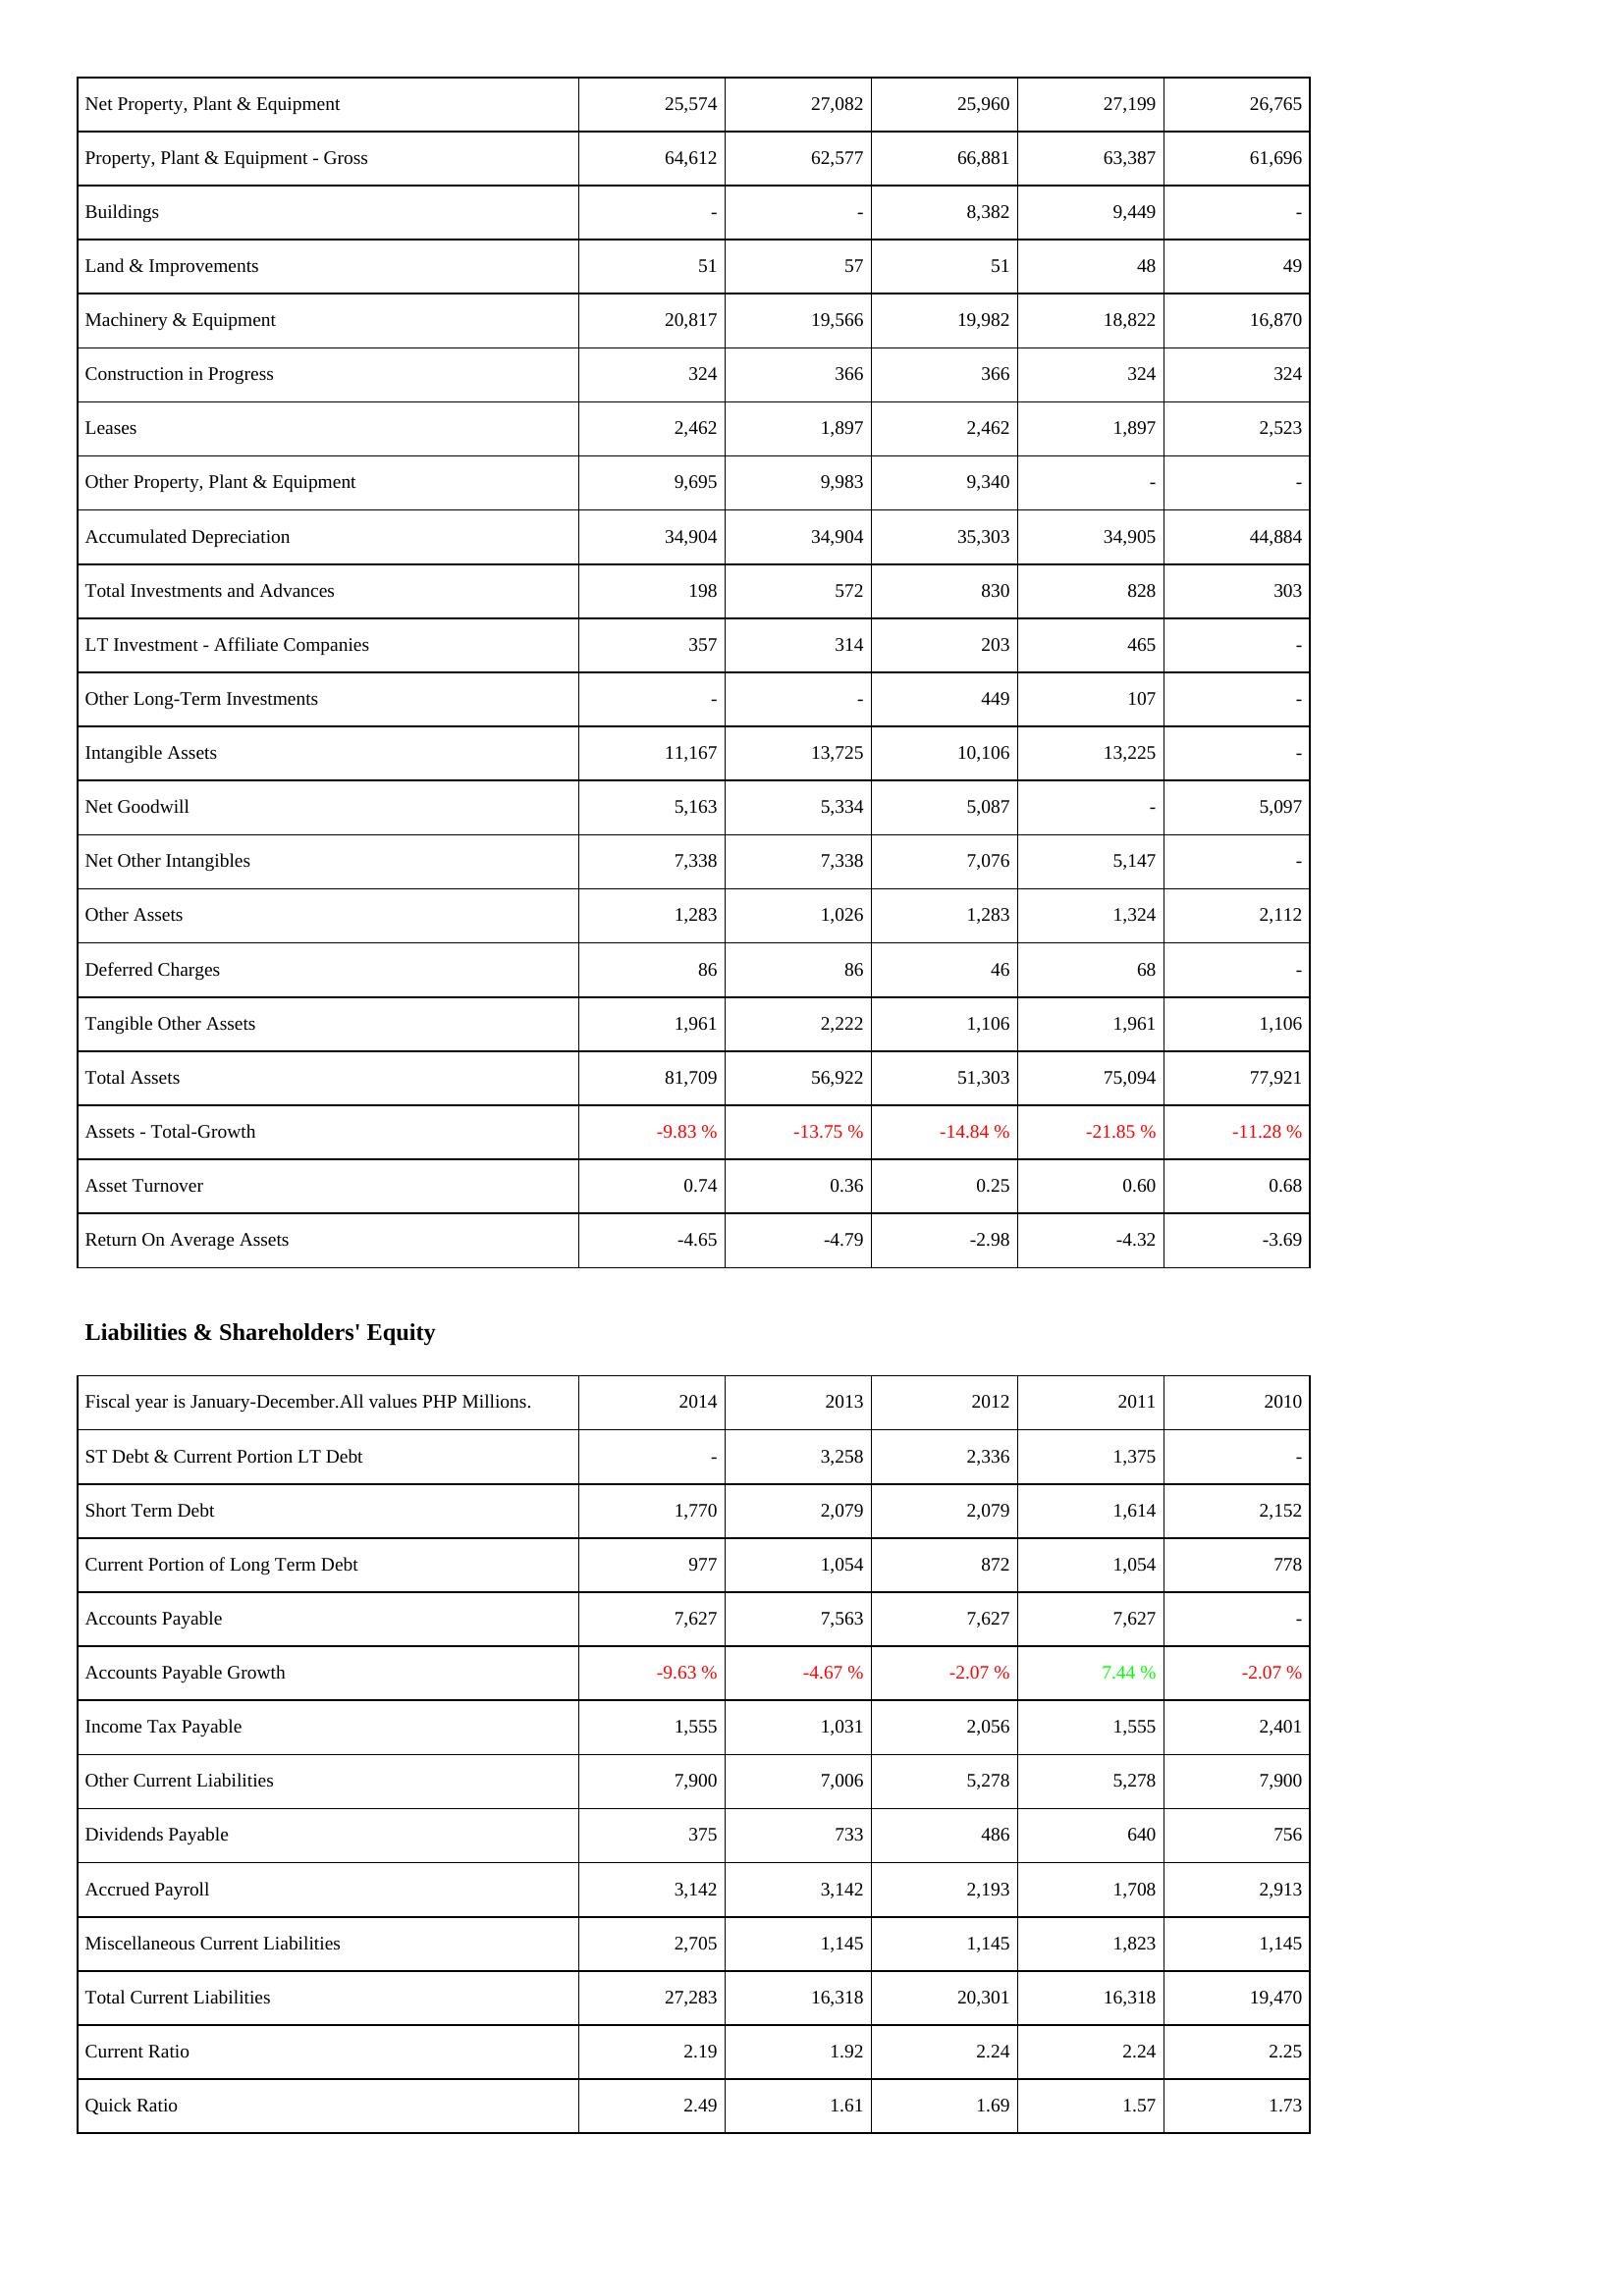
2014: Assets: Net Property, Plant & Equipment: 25,574
Property, Plant & Equipment - Gross: 64,612
Buildings: -
Land & Improvements: 51
Machinery & Equipment: 20,817
Construction in Progress: 324
Leases: 2,462
Other Property, Plant & Equipment: 9,695
Accumulated Depreciation: 34,904
Total Investments and Advances: 198
LT Investment - Affiliate Companies: 357
Other Long-Term Investments: -
Intangible Assets: 11,167
Net Goodwill: 5,163
Net Other Intangibles: 7,338
Other Assets: 1,283
Deferred Charges: 86
Tangible Other Assets: 1,961
Total Assets: 81,709
Assets - Total-Growth: -9.83 %
Asset Turnover: 0.74
Return On Average Assets: -4.65
Liabilities & Shareholders' Equity: ST Debt & Current Portion LT Debt: -
Short Term Debt: 1,770
Current Portion of Long Term Debt: 977
Accounts Payable: 7,627
Accounts Payable Growth: -9.63 %
Income Tax Payable: 1,555
Other Current Liabilities: 7,900
Dividends Payable: 375
Accrued Payroll: 3,142
Miscellaneous Current Liabilities: 2,705
Total Current Liabilities: 27,283
Current Ratio: 2.19
Quick Ratio: 2.49
2013: Assets: Net Property, Plant & Equipment: 27,082
Property, Plant & Equipment - Gross: 62,577
Buildings: -
Land & Improvements: 57
Machinery & Equipment: 19,566
Construction in Progress: 366
Leases: 1,897
Other Property, Plant & Equipment: 9,983
Accumulated Depreciation: 34,904
Total Investments and Advances: 572
LT Investment - Affiliate Companies: 314
Other Long-Term Investments: -
Intangible Assets: 13,725
Net Goodwill: 5,334
Net Other Intangibles: 7,338
Other Assets: 1,026
Deferred Charges: 86
Tangible Other Assets: 2,222
Total Assets: 56,922
Assets - Total-Growth: -13.75 %
Asset Turnover: 0.36
Return On Average Assets: -4.79
Liabilities & Shareholders' Equity: ST Debt & Current Portion LT Debt: 3,258
Short Term Debt: 2,079
Current Portion of Long Term Debt: 1,054
Accounts Payable: 7,563
Accounts Payable Growth: -4.67 %
Income Tax Payable: 1,031
Other Current Liabilities: 7,006
Dividends Payable: 733
Accrued Payroll: 3,142
Miscellaneous Current Liabilities: 1,145
Total Current Liabilities: 16,318
Current Ratio: 1.92
Quick Ratio: 1.61
2012: Assets: Net Property, Plant & Equipment: 25,960
Property, Plant & Equipment - Gross: 66,881
Buildings: 8,382
Land & Improvements: 51
Machinery & Equipment: 19,982
Construction in Progress: 366
Leases: 2,462
Other Property, Plant & Equipment: 9,340
Accumulated Depreciation: 35,303
Total Investments and Advances: 830
LT Investment - Affiliate Companies: 203
Other Long-Term Investments: 449
Intangible Assets: 10,106
Net Goodwill: 5,087
Net Other Intangibles: 7,076
Other Assets: 1,283
Deferred Charges: 46
Tangible Other Assets: 1,106
Total Assets: 51,303
Assets - Total-Growth: -14.84 %
Asset Turnover: 0.25
Return On Average Assets: -2.98
Liabilities & Shareholders' Equity: ST Debt & Current Portion LT Debt: 2,336
Short Term Debt: 2,079
Current Portion of Long Term Debt: 872
Accounts Payable: 7,627
Accounts Payable Growth: -2.07 %
Income Tax Payable: 2,056
Other Current Liabilities: 5,278
Dividends Payable: 486
Accrued Payroll: 2,193
Miscellaneous Current Liabilities: 1,145
Total Current Liabilities: 20,301
Current Ratio: 2.24
Quick Ratio: 1.69
2011: Assets: Net Property, Plant & Equipment: 27,199
Property, Plant & Equipment - Gross: 63,387
Buildings: 9,449
Land & Improvements: 48
Machinery & Equipment: 18,822
Construction in Progress: 324
Leases: 1,897
Other Property, Plant & Equipment: -
Accumulated Depreciation: 34,905
Total Investments and Advances: 828
LT Investment - Affiliate Companies: 465
Other Long-Term Investments: 107
Intangible Assets: 13,225
Net Goodwill: -
Net Other Intangibles: 5,147
Other Assets: 1,324
Deferred Charges: 68
Tangible Other Assets: 1,961
Total Assets: 75,094
Assets - Total-Growth: -21.85 %
Asset Turnover: 0.60
Return On Average Assets: -4.32
Liabilities & Shareholders' Equity: ST Debt & Current Portion LT Debt: 1,375
Short Term Debt: 1,614
Current Portion of Long Term Debt: 1,054
Accounts Payable: 7,627
Accounts Payable Growth: 7.44 %
Income Tax Payable: 1,555
Other Current Liabilities: 5,278
Dividends Payable: 640
Accrued Payroll: 1,708
Miscellaneous Current Liabilities: 1,823
Total Current Liabilities: 16,318
Current Ratio: 2.24
Quick Ratio: 1.57
2010: Assets: Net Property, Plant & Equipment: 26,765
Property, Plant & Equipment - Gross: 61,696
Buildings: -
Land & Improvements: 49
Machinery & Equipment: 16,870
Construction in Progress: 324
Leases: 2,523
Other Property, Plant & Equipment: -
Accumulated Depreciation: 44,884
Total Investments and Advances: 303
LT Investment - Affiliate Companies: -
Other Long-Term Investments: -
Intangible Assets: -
Net Goodwill: 5,097
Net Other Intangibles: -
Other Assets: 2,112
Deferred Charges: -
Tangible Other Assets: 1,106
Total Assets: 77,921
Assets - Total-Growth: -11.28 %
Asset Turnover: 0.68
Return On Average Assets: -3.69
Liabilities & Shareholders' Equity: ST Debt & Current Portion LT Debt: -
Short Term Debt: 2,152
Current Portion of Long Term Debt: 778
Accounts Payable: -
Accounts Payable Growth: -2.07 %
Income Tax Payable: 2,401
Other Current Liabilities: 7,900
Dividends Payable: 756
Accrued Payroll: 2,913
Miscellaneous Current Liabilities: 1,145
Total Current Liabilities: 19,470
Current Ratio: 2.25
Quick Ratio: 1.73